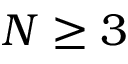
N \geq 3